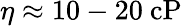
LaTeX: \eta\approx 10-20~\mathrm{cP}